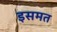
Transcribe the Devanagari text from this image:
इसमत